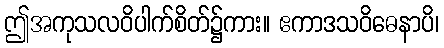
ဤအကုသလဝိပါက်စိတ်၌ကား။ ဧကာဒသဝိဓေနာပိ၊